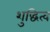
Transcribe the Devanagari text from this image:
शुद्धित्व